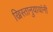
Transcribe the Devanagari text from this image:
ख्रिस्तानुयायांनी